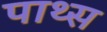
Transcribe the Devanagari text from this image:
पाथ्स